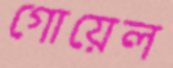
গোয়েল